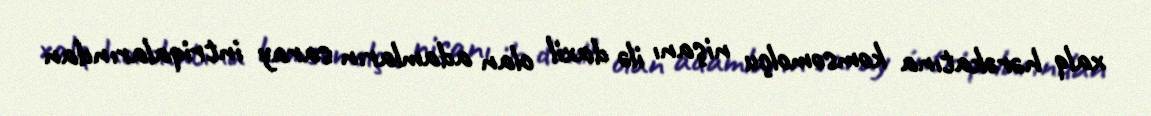
xalq hərəkatına komsomolçu nişanı ilə daxil olan adamların saray intriqalarından